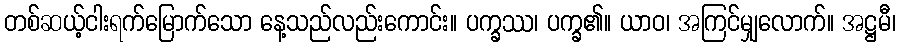
တစ်ဆယ့်ငါးရက်မြောက်သော နေ့သည်လည်းကောင်း။ ပက္ခဿ၊ ပက္ခ၏။ ယာဝ၊ အကြင်မျှလောက်။ အဋ္ဌမီ၊